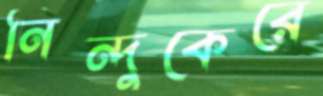
নিন্দুকেরে